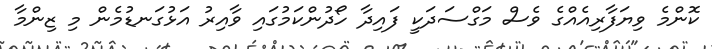
ކޮންމެ ވިޔަފާރިއެއްގެ ވެސް މަގްސަދަކީ ފައިދާ ހޯދުންކަމުގައި ވާއިރު އަޅުގަނޑުމެން މި ޒިންމާ